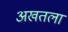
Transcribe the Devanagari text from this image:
अखतला